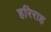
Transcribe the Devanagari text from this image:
हरिराह